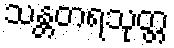
သန္တတရသုတ္တ